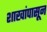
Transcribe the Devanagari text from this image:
शाखांपासून